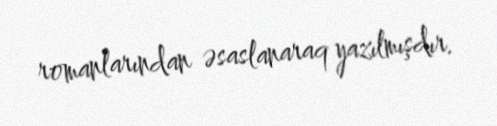
romanlarından əsaslanaraq yazılmışdır.